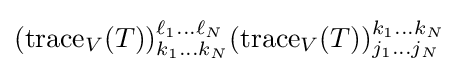
(\operatorname {trace} _{V}(T))_{k_{1}\dots k_{N}}^{\ell _{1}\dots \ell _{N}}(\operatorname {trace} _{V}(T))_{j_{1}\dots j_{N}}^{k_{1}\dots k_{N}}